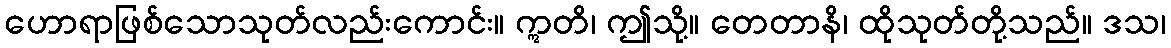
ဟောရာဖြစ်သောသုတ်လည်းကောင်း။ ဣတိ၊ ဤသို့။ တေတာနိ၊ ထိုသုတ်တို့သည်။ ဒသ၊